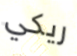
ريكي